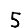
Digit: 5